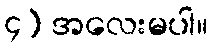
၄) အလေးမပါ။